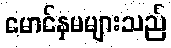
မောင်နှမများသည်